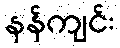
နန်ကျင်း